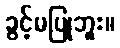
ခွင့်မပြုဘူး။